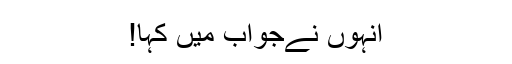
انہوں نےجواب میں کہا!